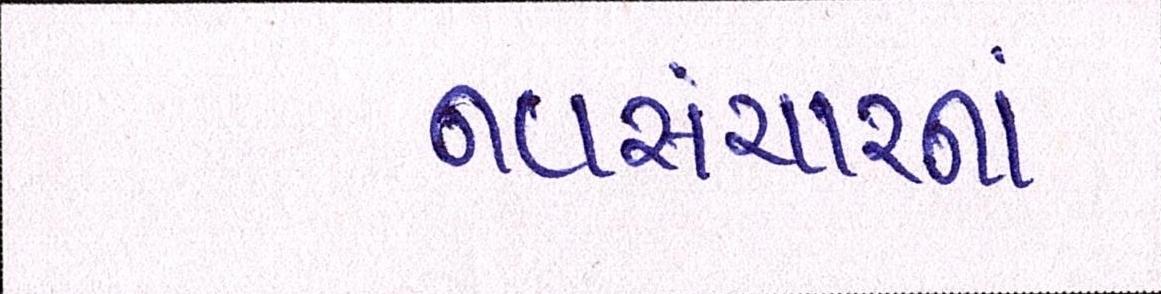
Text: નવસંચારનાં